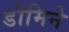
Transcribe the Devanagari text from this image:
डोमिने